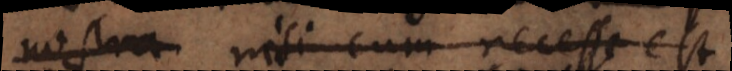
nostra (c) cum necesse est.